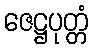
ဇေဋ္ဌပုတ္တံ